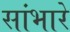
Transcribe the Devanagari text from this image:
सांभारे